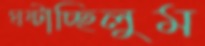
ঘষ্‌টাচ্ছিলুম